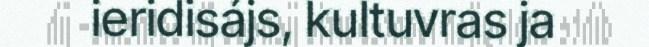
ieridisájs, kultuvras ja